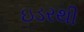
ઇડરથી